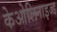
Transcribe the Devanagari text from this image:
केओलिनाइज्ड